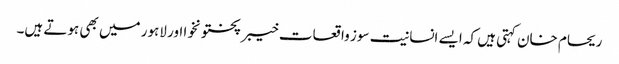
ریحام خان کہتی ہیں کہ ایسے انسانیت سوز واقعات خیبر پختونخوا اور لاہور میں بھی ہوتے ہیں۔